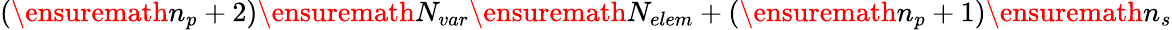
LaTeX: (\ensuremath{n_{p}}+2)\ensuremath{N_{var}}\ensuremath{N_{elem}}+(\ensuremath{n_{p}}+1)\ensuremath{n_{s}}